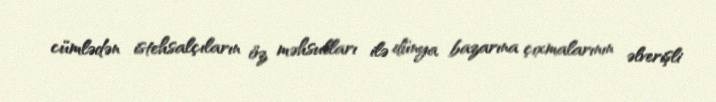
cümlədən istehsalçıların öz məhsulları ilə dünya bazarına çıxmalarının əlverişli